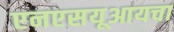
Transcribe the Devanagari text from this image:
एनएसयूआयचा